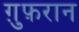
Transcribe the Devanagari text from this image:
ग़ुफ़रान